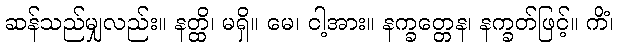
ဆန်သည်မျှလည်း။ နတ္ထိ၊ မရှိ။ မေ၊ ငါ့အား။ နက္ခတ္တေန၊ နက္ခတ်ဖြင့်။ ကိံ၊